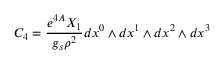
C _ { 4 } = { \frac { e ^ { 4 A } X _ { 1 } } { g _ { s } \rho ^ { 2 } } } d x ^ { 0 } \wedge d x ^ { 1 } \wedge d x ^ { 2 } \wedge d x ^ { 3 }